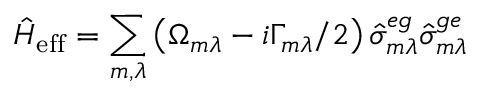
\hat { H } _ { \mathrm { e f f } } = \sum _ { m , \lambda } \left( \Omega _ { m \lambda } - i \Gamma _ { m \lambda } / 2 \right) \hat { \sigma } _ { m \lambda } ^ { e g } \hat { \sigma } _ { m \lambda } ^ { g e }